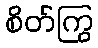
စိတ်ကြွ